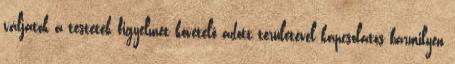
váljatok a testetek figyelmet követelő adott területével kapcsolatos bármilyen